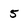
Character: 5